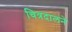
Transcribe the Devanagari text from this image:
चित्रदालने